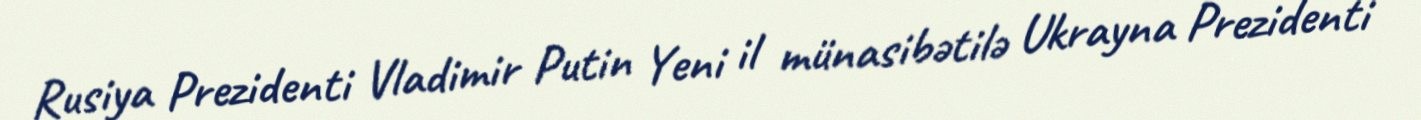
Rusiya Prezidenti Vladimir Putin Yeni il münasibətilə Ukrayna Prezidenti